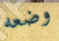
وضعه